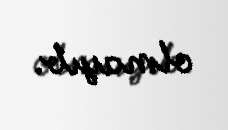
olmayıb.